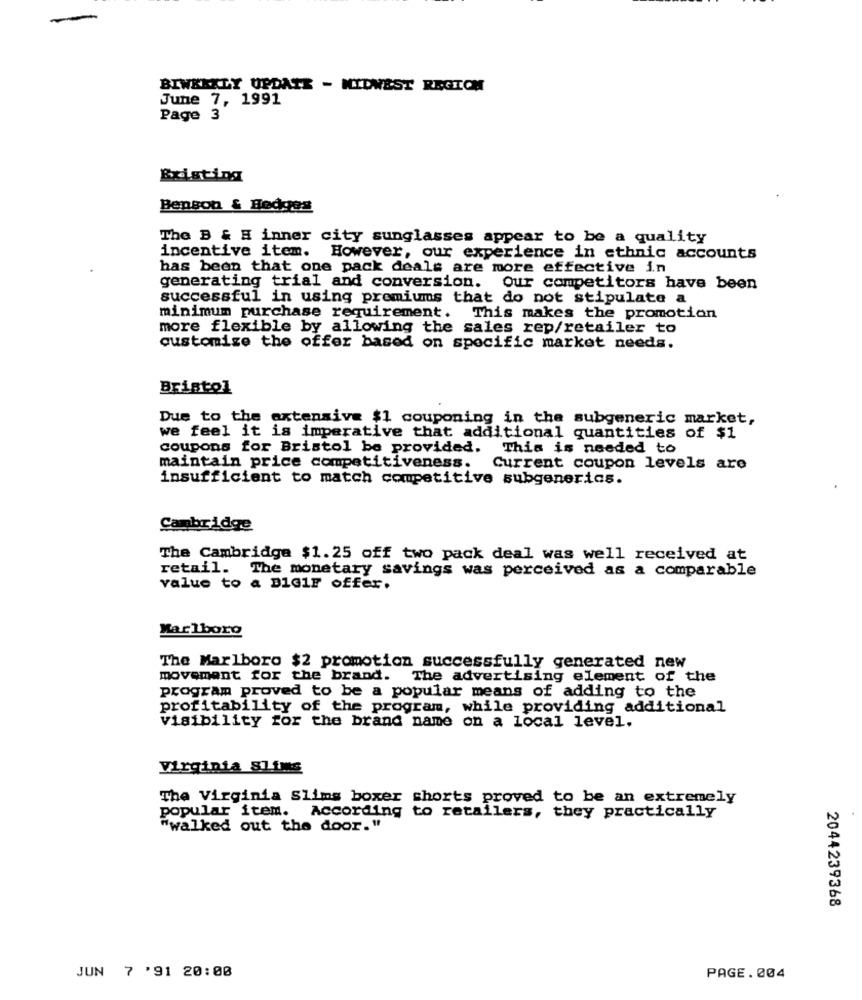
BIWEEKLY UPDATE - MIDWEST REGICH
June 7, 1991
Page 3
Existing
Benson & Hedges
The B & H inner city sunglasses appear to be a quality
incentive item. However, our experience in ethnic accounts
has been that one pack deals are more effective in
generating trial and conversion. Our competitors have been
successful in using premiums that do not stipulate a
minimum purchase requirement. This makes the promotion
more flexible by allowing the sales rep/retailer to
customize the offer based on specific market needs.
Bristol
Due to the extensive $1 couponing in the subgeneric market,
we feel it is imperative that additional quantities of $1
coupons for Bristol be provided. This is needed to
maintain price competitiveness.
Current coupon levels are
insufficient to match competitive subgenerics.
Cambridge
The Cambridge $1.25 off two pack deal was well received at
retail. The monetary savings was perceived as a comparable
value to a D1Gir offer.
Marlboro
The Marlboro $2 promotion successfully generated new
movement for the brand. The advertising element of the
program proved to be a popular means of adding to the
profitability of the program, while providing additional
visibility for the brand name on a local level.
Virginia SliMs
The Virginia Slims boxer shorts proved to be an extremely
popular item. According to retailers, they practically
"walked out the door. "
2044239368
JUN 7 '91 20:00
PAGE. 004